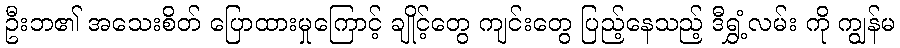
ဦးဘ၏ အသေးစိတ် ပြောထားမှုကြောင့် ချိုင့်တွေ ကျင်းတွေ ပြည့်နေသည့် ဒီရွှံ့လမ်း ကို ကျွန်မ